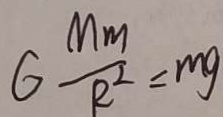
G \frac { M m } { R ^ { 2 } } = m g